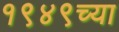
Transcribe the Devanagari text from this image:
१९४९च्या